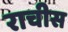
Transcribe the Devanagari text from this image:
राचीस